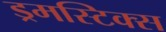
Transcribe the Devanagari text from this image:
ड्रमस्टिक्स